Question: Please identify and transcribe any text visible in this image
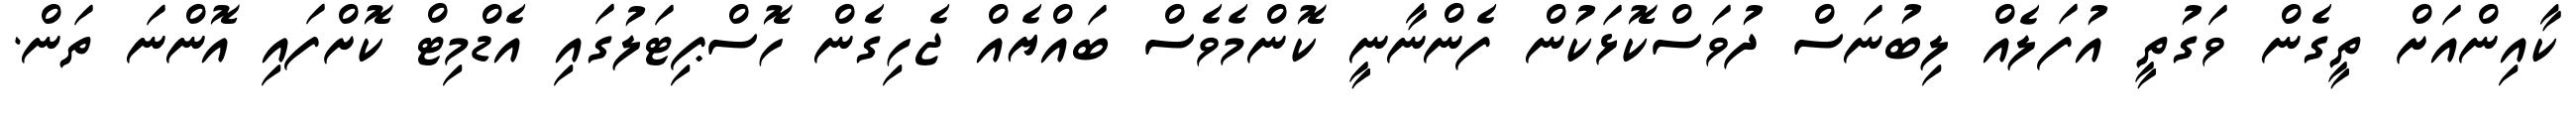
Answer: ކާއިންއަށް ތީގެން ވަގުތީ އުފަލެއް ލިބުނަސް ދުވަސްކޮޅަކުން ފެންނާނީ ކޮންމެވެސް ބައްޔެއް ޖެހިގެން ހޮސްޕިޓަލުގައި އެޑްމިޓް ކޮށްފައި އޮންނަ ތަން.